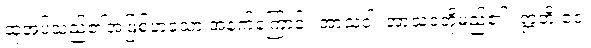
ထုံအပ်သည်၏အဖြစ်ဟူသော အနက်ကြောင့်။ အာသဝါ၊ အာသဝတို့မည်၏။ ဣတိ ဧဝံ၊